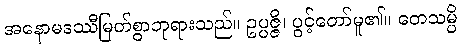
အနောမဒဿီမြတ်စွာဘုရားသည်။ ဥပ္ပဇ္ဇိ၊ ပွင့်တော်မူ၏။ တေသမ္ပိ